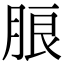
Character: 朖